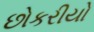
છોકરીયો